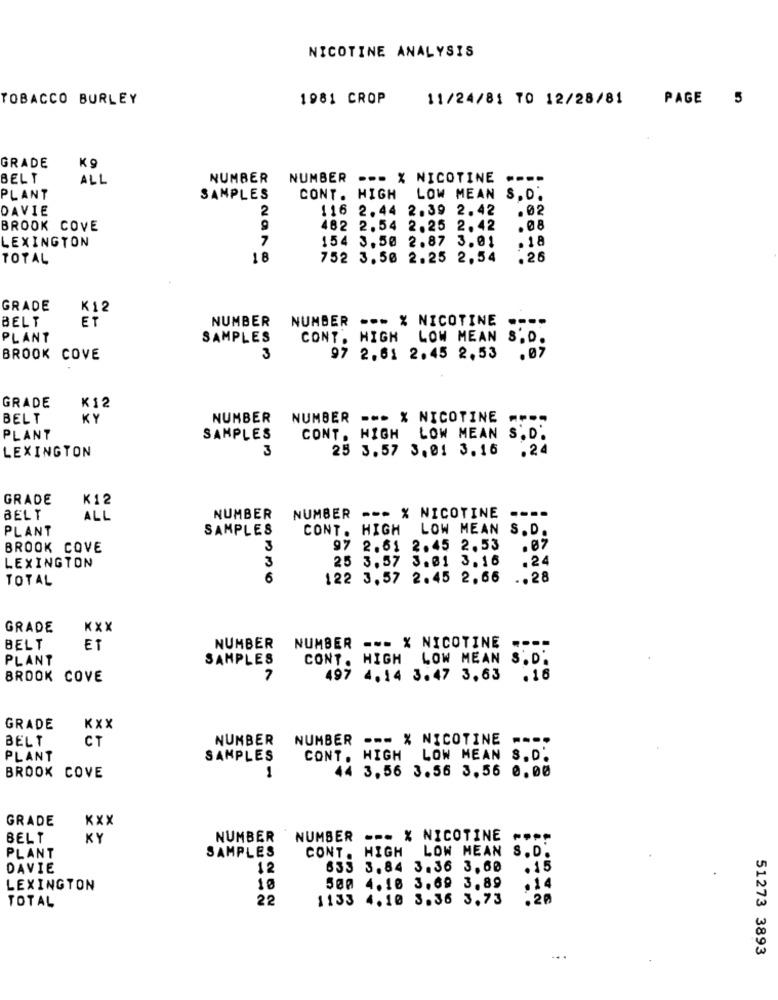
NICOTINE ANALYSIS
TOBACCO BURLEY
1981 CROP
11/24/81 TO 12/28/81
PAGE 5
GRADE
K 9
BELT
ALL
NUMBER
NUMBER --- X NICOTINE ---.
PLANT
SAMPLES
CONT. HIGH LOW MEAN S.D.
DAVIE
2
116 2.44 2.39 2.42
.02
BROOK COVE
482 2.54 2.25 2.42
.08
7
154 3.50 2.87 3.01
.18
LEXINGTON
TOTAL
18
752 3.50 2.25 2.54
.26
GRADE
K12
ET
NUMBER
NUMBER -- > % NICOTINE .-
BELT
PLANT
SAMPLES
CONT. HIGH LOW MEAN S.D.
BROOK COVE
3
97 2.61 2.45 2.53
.07
GRADE
K12
BELT
KY
NUMBER
NUMBER -- > % NICOTINE
PLANT
SAMPLES
CONT. HIGH LOW MEAN S.D.
LEXINGTON
3
25 3.57 3.01 3.16
.24
GRADE
K12
BELT
ALL
NUMBER
NUMBER --- % NICOTINE .-..
PLANT
SAMPLES
CONT. HIGH LOW MEAN S. D.
BROOK COVE
3
97 2.61 2.45 2.53
3
25 3.57 3.01 3.16
. 24
LEXINGTON
TOTAL
6
122 3.57 2.45 2.66
.. 28
GRADE
KXX
BELT
ET
NUMBER NUMBER --- X NICOTINE ....
PLANT
SAMPLES
CONT. HIGH LOW MEAN S. D'
BROOK COVE
7
497 4.14 3.47 3.63 .16
GRADE
KXX
BELT
CT
NUMBER
NUMBER --- % NICOTINE ....
PLANT
SAMPLES
CONT. HIGH LOW MEAN S.D.
44 3.56 3.56 3.56 0.00
BROOK COVE
1
GRADE
xxx
BELT
KY
NUMBER
NUMBER --- X NICOTINE POPO
SAMPLES
CONT. HIGH LOW MEAN S.D.
PLANT
DAVIE
12
633 3.84 3.36 3,60
. 15
LEXINGTON
10
500 4.10 3.69 3.89
.14
22
1133 4.10 3.36 3.73
.20
TOTAL
51273 3893